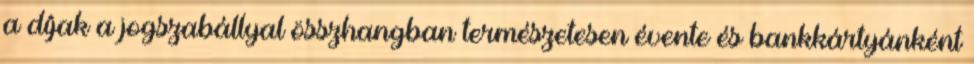
a díjak a jogszabállyal összhangban természetesen évente és bankkártyánként